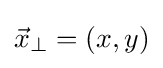
{\vec {x}}_{\perp }=(x,y)